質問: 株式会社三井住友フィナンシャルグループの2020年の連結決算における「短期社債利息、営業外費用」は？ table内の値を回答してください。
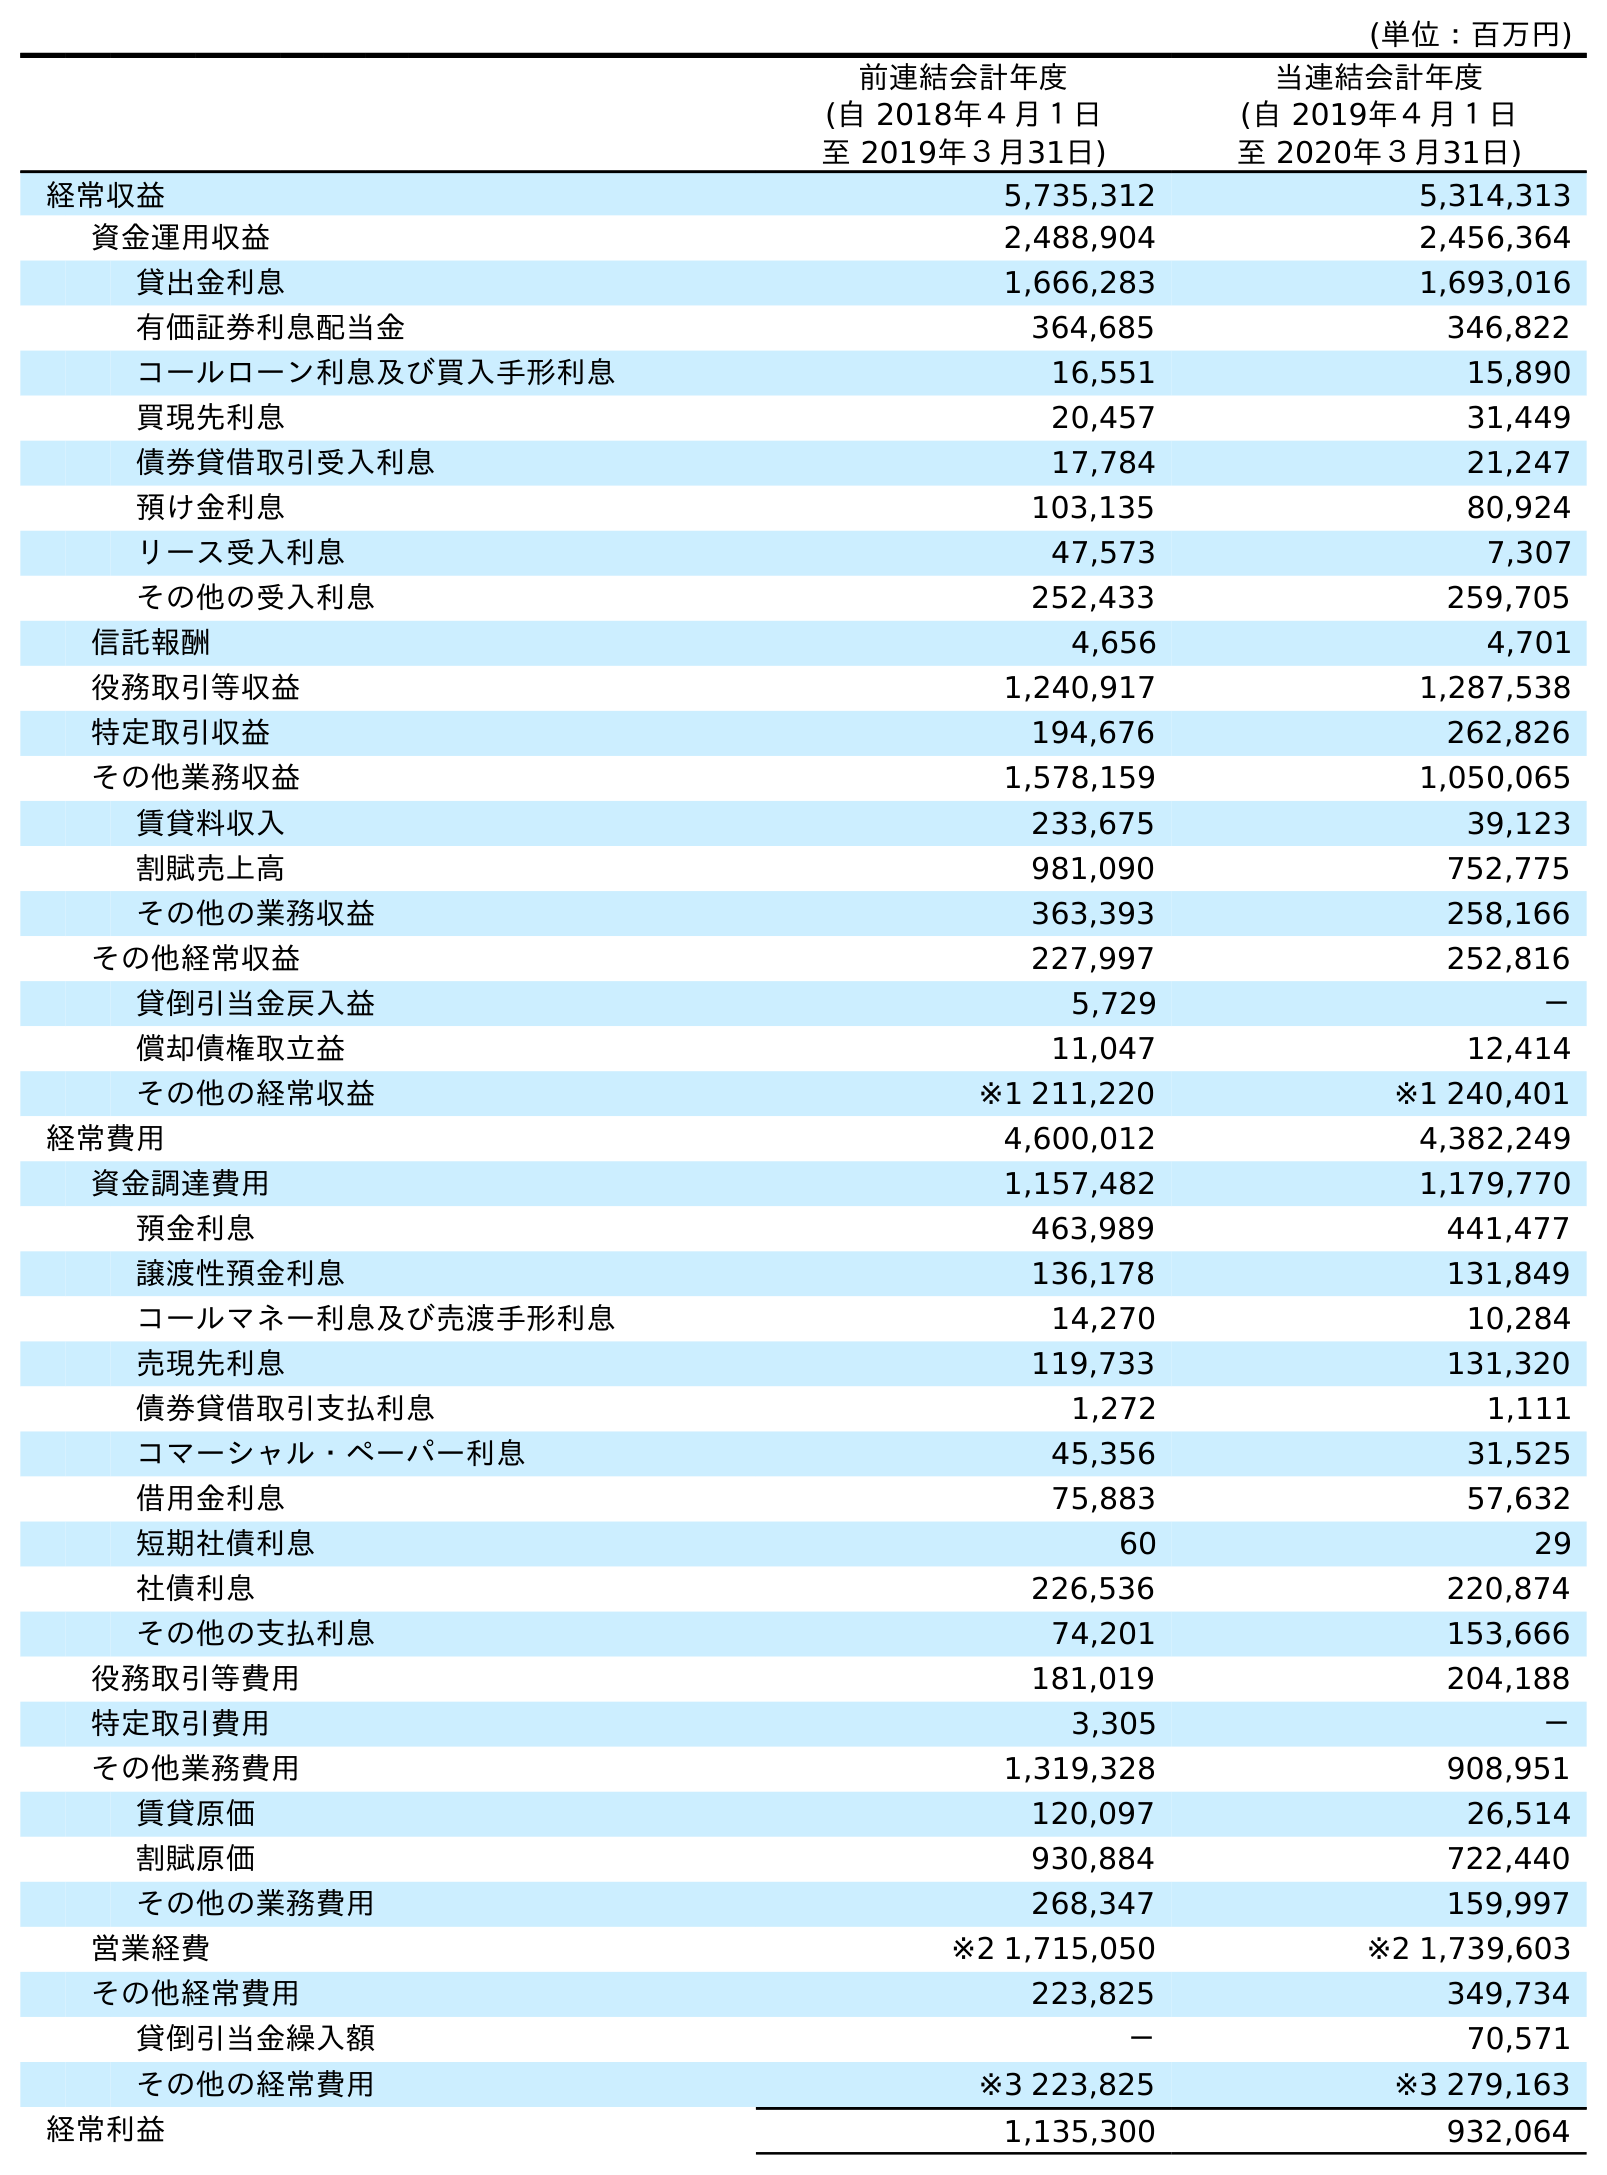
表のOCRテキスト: (単位：百万円) 前連結会計年度 (自 2018年４月１日 至 2019年３月31日) 当連結会計年度 (自 2019年４月１日 至 2020年３月31日) 経常収益 5,735,312 5,314,313 資金運用収益 2,488,904 2,456,364 貸出金利息 1,666,283 1,693,016 有価証券利息配当金 364,685 346,822 コールローン利息及び買入手形利息 16,551 15,890 買現先利息 20,457 31,449 債券貸借取引受入利息 17,784 21,247 預け金利息 103,135 80,924 リース受入利息 47,573 7,307 その他の受入利息 252,433 259,705 信託報酬 4,656 4,701 役務取引等収益 1,240,917 1,287,538 特定取引収益 194,676 262,826 その他業務収益 1,578,159 1,050,065 賃貸料収入 233,675 39,123 割賦売上高 981,090 752,775 その他の業務収益 363,393 258,166 その他経常収益 227,997 252,816 貸倒引当金戻入益 5,729 － 償却債権取立益 11,047 12,414 その他の経常収益 ※1 211,220 ※1 240,401 経常費用 4,600,012 4,382,249 資金調達費用 1,157,482 1,179,770 預金利息 463,989 441,477 譲渡性預金利息 136,178 131,849 コールマネー利息及び売渡手形利息 14,270 10,284 売現先利息 119,733 131,320 債券貸借取引支払利息 1,272 1,111 コマーシャル・ペーパー利息 45,356 31,525 借用金利息 75,883 57,632 短期社債利息 60 29 社債利息 226,536 220,874 その他の支払利息 74,201 153,666 役務取引等費用 181,019 204,188 特定取引費用 3,305 － その他業務費用 1,319,328 908,951 賃貸原価 120,097 26,514 割賦原価 930,884 722,440 その他の業務費用 268,347 159,997 営業経費 ※2 1,715,050 ※2 1,739,603 その他経常費用 223,825 349,734 貸倒引当金繰入額 － 70,571 その他の経常費用 ※3 223,825 ※3 279,163 経常利益 1,135,300 932,064
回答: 29